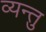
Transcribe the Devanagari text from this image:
व्यन्तु